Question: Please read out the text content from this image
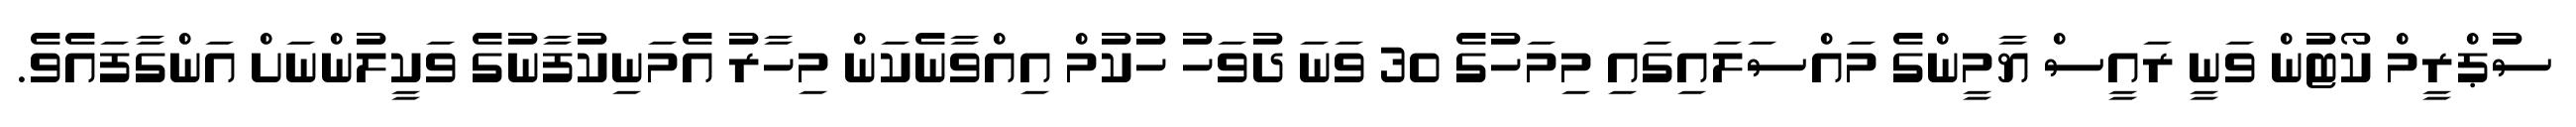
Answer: ސުޕްރީމް ކޯޓުން ވަނީ ރައީސް ޔާމީންގެ މައްސަލައިގައި މިމަހުގެ 30 ވަނަ ދުވަހު ހުކުމް އިއްވާނެކަން މިހާރު އެމަނިކުފާނުގެ ވަކީލުންނަށް އަންގާފައެވެ.